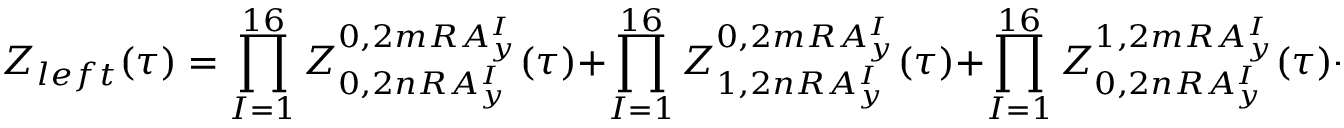
Z _ { l e f t } ( \tau ) = \prod _ { I = 1 } ^ { 1 6 } Z _ { 0 , 2 n R A _ { y } ^ { I } } ^ { 0 , 2 m R A _ { y } ^ { I } } ( \tau ) + \prod _ { I = 1 } ^ { 1 6 } Z _ { 1 , 2 n R A _ { y } ^ { I } } ^ { 0 , 2 m R A _ { y } ^ { I } } ( \tau ) + \prod _ { I = 1 } ^ { 1 6 } Z _ { 0 , 2 n R A _ { y } ^ { I } } ^ { 1 , 2 m R A _ { y } ^ { I } } ( \tau ) + \prod _ { I = 1 } ^ { 1 6 } Z _ { 1 , 2 n R A _ { y } ^ { I } } ^ { 1 , 2 m R A _ { y } ^ { I } } ( \tau )